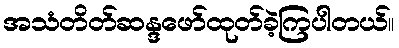
အသံတိတ်ဆန္ဒဖော်ထုတ်ခဲ့ကြပါတယ်။